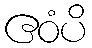
ဧဝံပိ